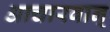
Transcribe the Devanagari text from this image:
आचारवान्